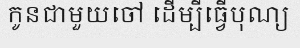
កូនជាមួយចៅ ដើម្បីធ្វើបុណ្យ